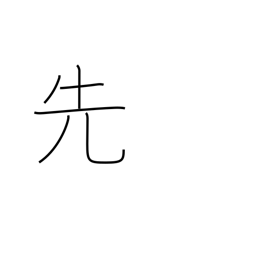
Meaning: previous